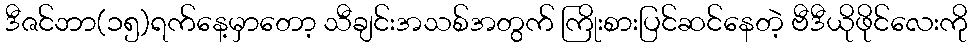
ဒီဇင်ဘာ(၁၅)ရက်နေ့မှာတော့ သီချင်းအသစ်အတွက် ကြိုးစားပြင်ဆင်နေတဲ့ ဗီဒီယိုဖိုင်လေးကို